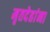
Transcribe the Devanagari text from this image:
मृतदेहांना